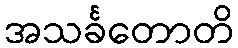
အသင်္ခတောတိ